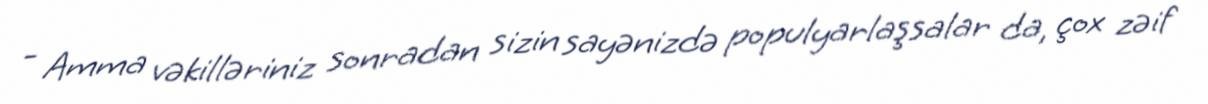
- Amma vəkilləriniz sonradan sizin sayənizdə populyarlaşsalar da, çox zəif